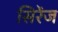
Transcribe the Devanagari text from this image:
सिरेंज